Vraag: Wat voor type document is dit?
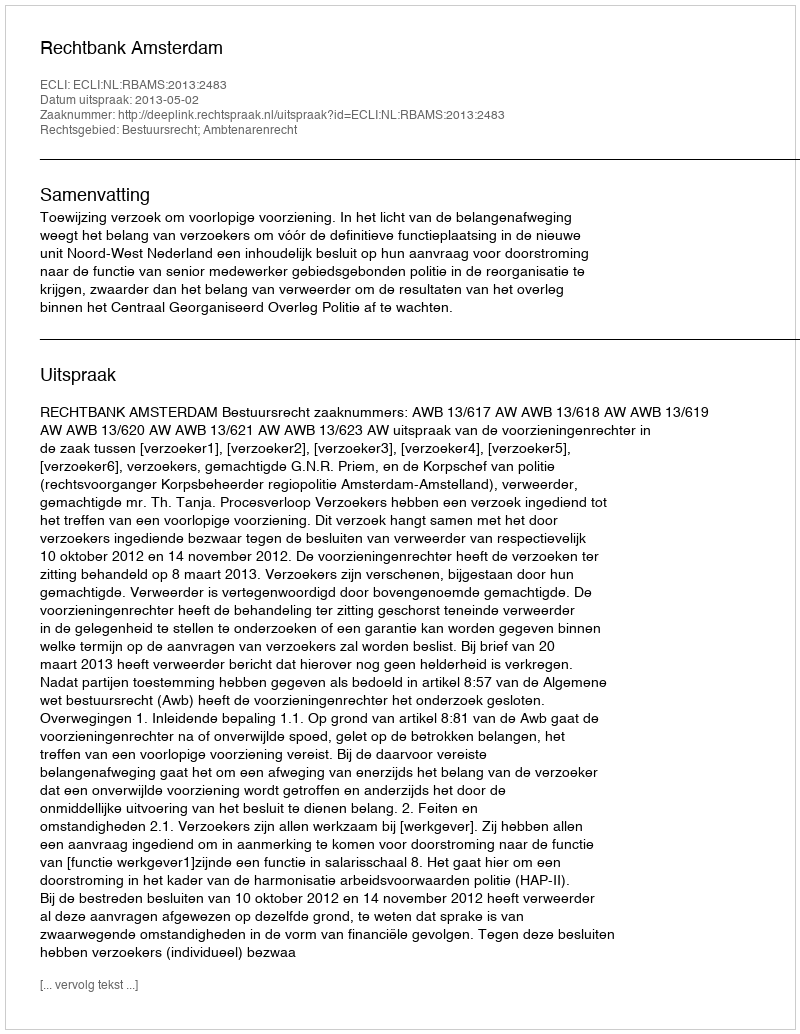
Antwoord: Uitspraak